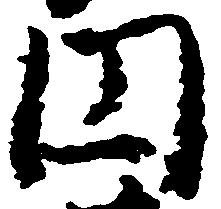
円